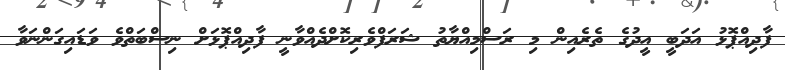
ފާދިއްޕޮޅު އަދަބީ އީދުގެ ތެރެއިން މި ރަސްމިއްޔާތު ޝަރަފްވެރިކޮށްދެއްވާނީ ފާދިއްޕޮޅަށް ނިސްބަތްވެ ވަޑައިގަންނަވާ